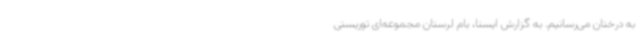
به درختان می‌رسانیم. به گزارش ایسنا، بام لرستان مجموعه‌ای توریستی